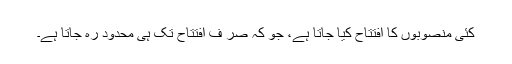
کئی منصوبوں کا افتتاح کیا جاتا ہے، جو کہ صر ف افتتاح تک ہی محدود رہ جاتا ہے۔